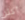
أكثر